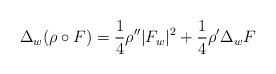
LaTeX: \begin{align*}\Delta_w(\rho\circ F)=\frac14\rho''|F_w|^2+\frac14\rho'\Delta_w F\end{align*}